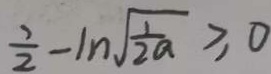
\frac { 1 } { 2 } - 1 n \sqrt { \frac { 1 } { 2 a } } \geq 0